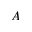
A